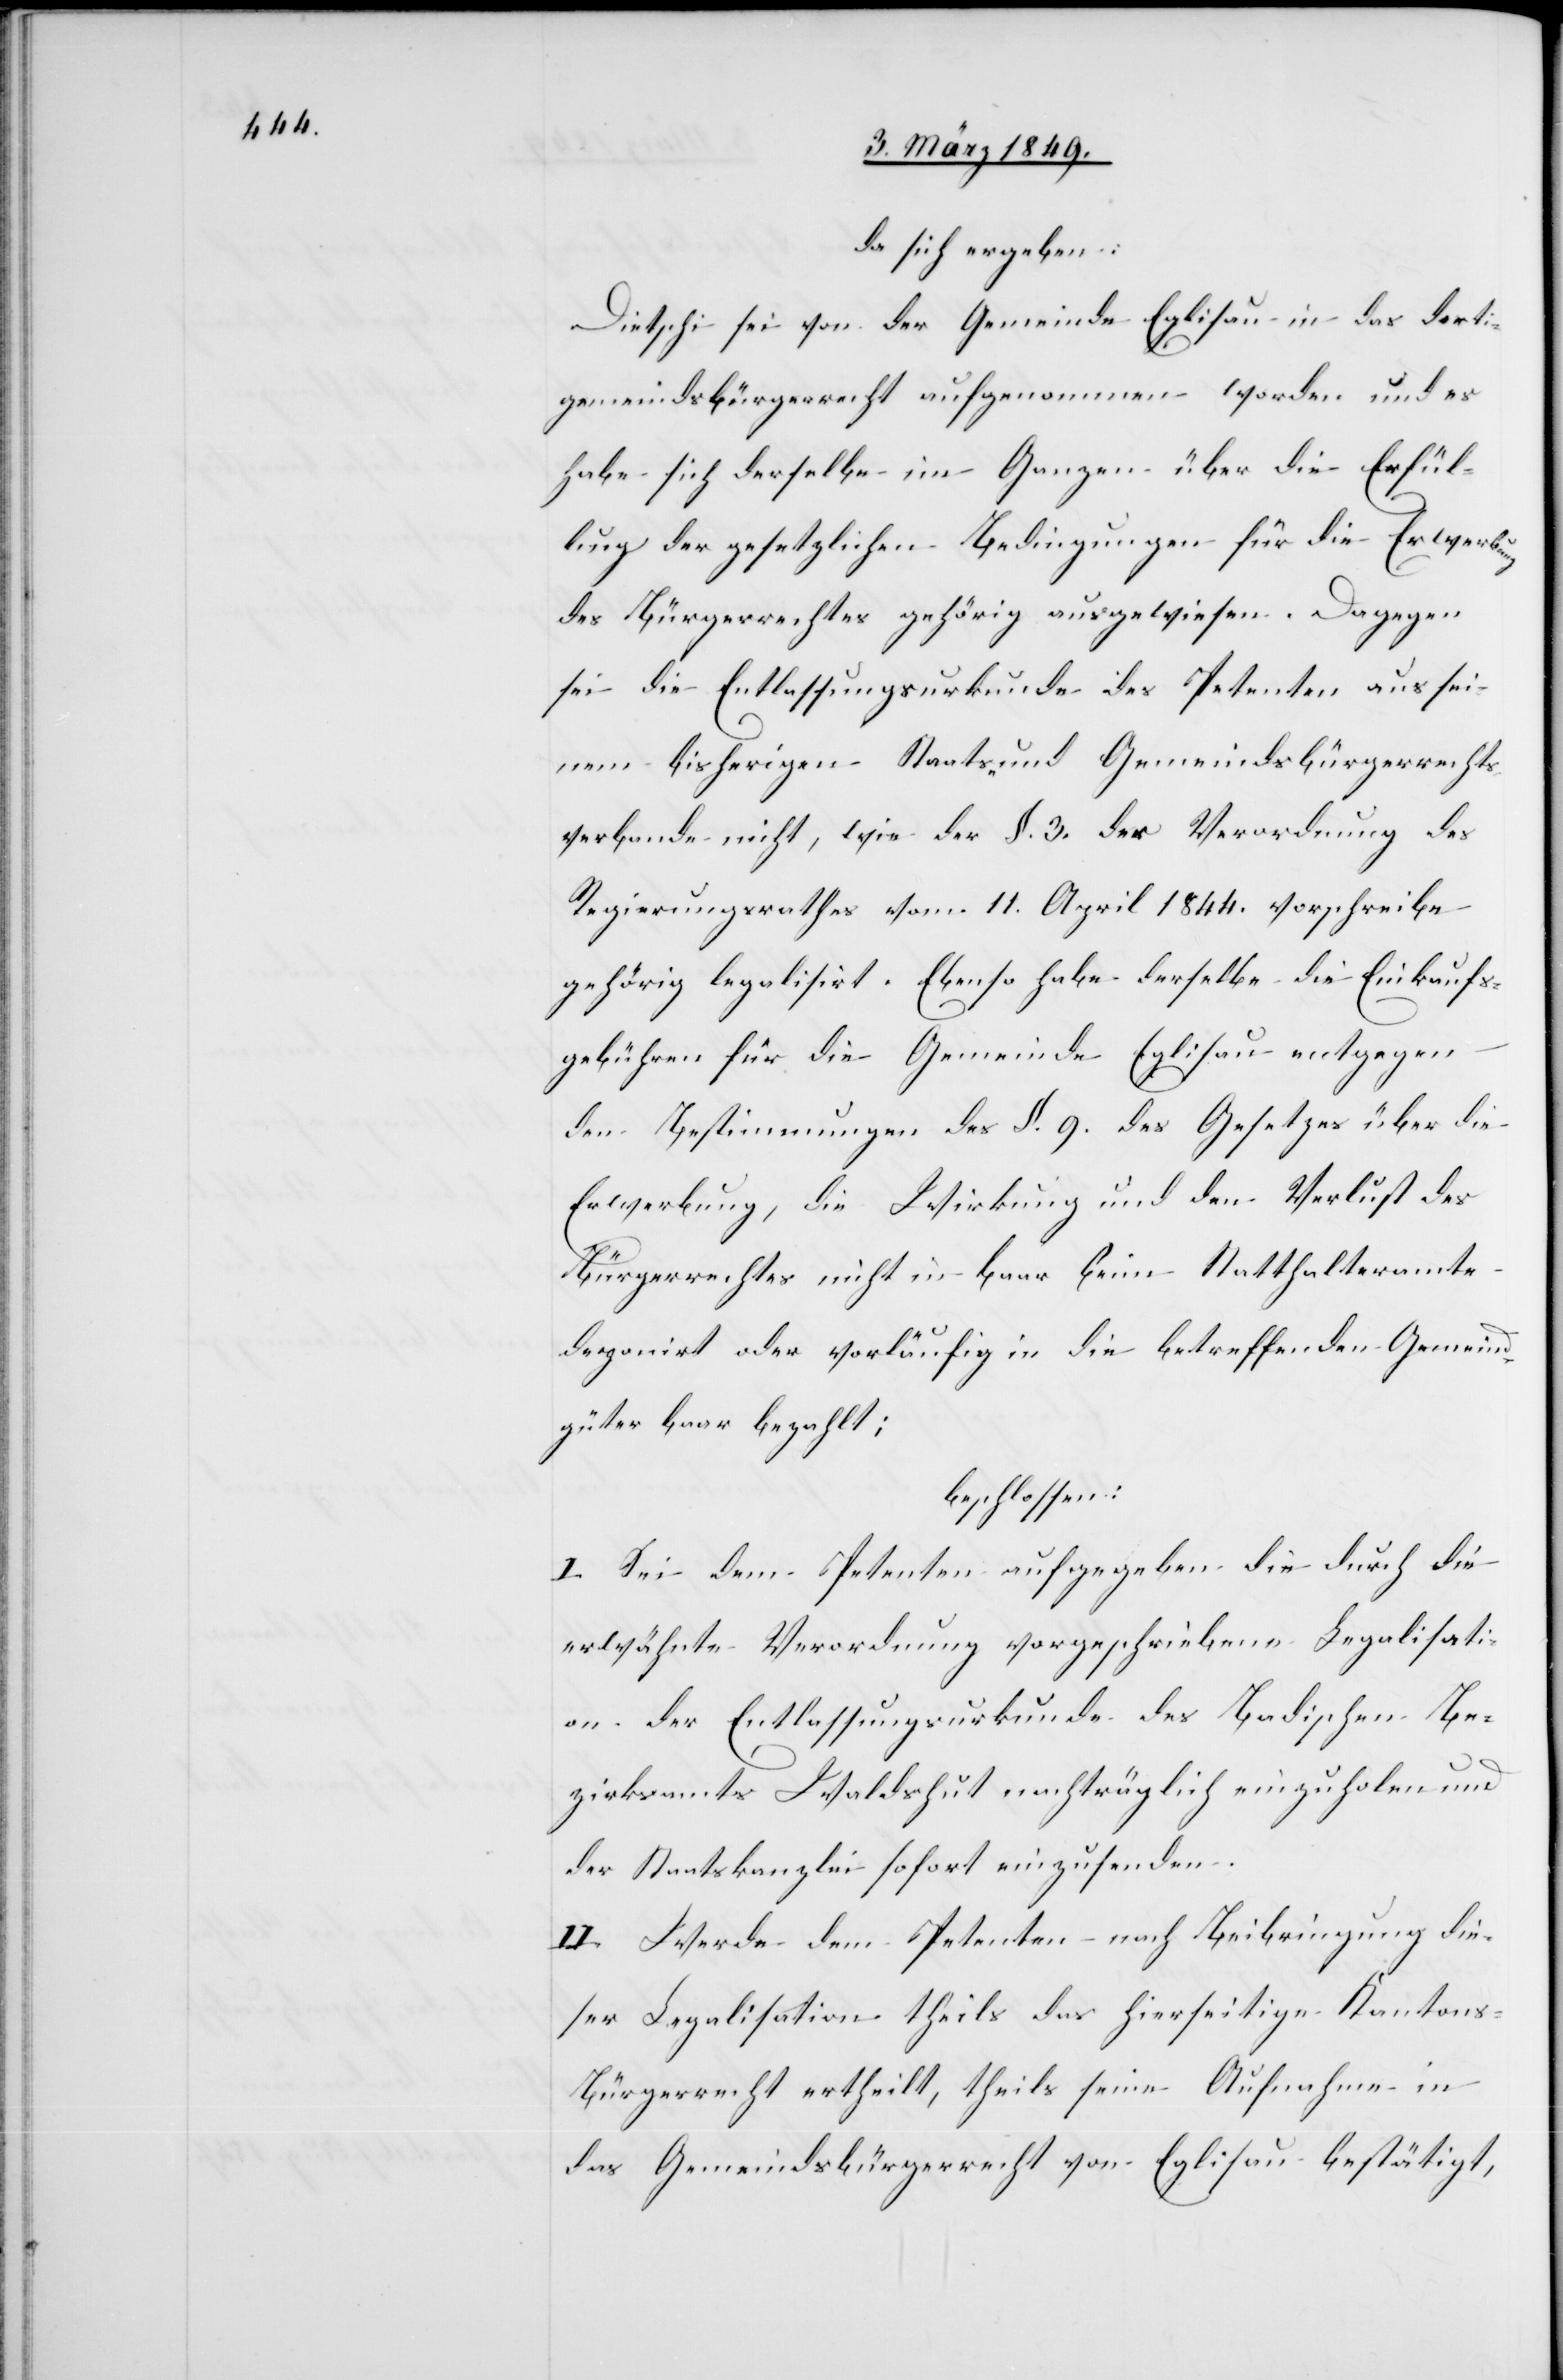
da sich ergeben:
Dietschi sei von der Gemeinde Eglisau in das dortige
Gemeindsbürgerrecht aufgenommen worden und es
habe sich derselbe im Ganzen über die Erfül¬
lung der gesetzlichen Bedingungen für die Erwerb¬
des Bürgerrechtes gehörig ausgewiesen. Dagegen
sei die Entlassungsurkunde des Petenten aus sei¬
nem bisherigen Staats- und Gemeindsbürgerrechts¬
verbande nicht, wie der §. 3. der Verordnung des
Regierungsrathes vom 11. April 1844. vorschreibe
gehörig legalisirt. Ebenso habe derselbe die Einkaufs¬
ung
gebühren für die Gemeinde Eglisau entgegen
den Bestimmungen des §. 9. des Gesetzes über die
Erwerbung, die Wirkung und den Verlust des
Bürgerrechtes nicht in baar beim Statthalteramte
deponirt oder vorläufig in die betreffenden Gemeind¬
güter baar bezahlt;
beschlossen:
I. Sei dem Petenten aufgegeben die durch die
erwähnte Verordnung vorgeschriebene Legalisati¬
on der Entlassungsurkunde des Badischen Be¬
zirksamts Waldshut nachträglich einzuholen und
der Staatskanzlei sofort einzusenden.
II. Werde dem Petenten nach Beibringung die¬
ser Legalisation theils das hierseitige Kanton¬
s-Bürgerrecht ertheilt, theils seine Aufnahme in
das Gemeindsbürgerrecht von Eglisau bestätigt,